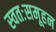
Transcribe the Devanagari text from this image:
स्वतःसमूहन